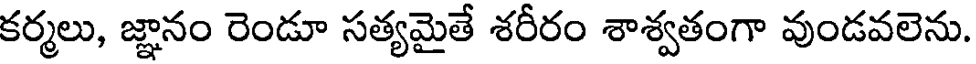
కర్మలు, జ్ఞానం రెండూ సత్యమైతే శరీరం శాశ్వతంగా వుండవలెను.